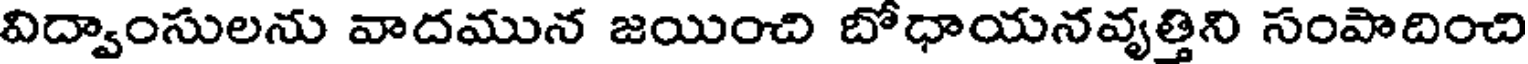
విద్వాంసులను వాదమున జయించి బోధాయనవ్యత్తిని సంపాదించి